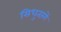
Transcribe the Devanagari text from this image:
सिधुतरंगें